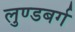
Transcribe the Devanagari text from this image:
लुण्डबर्ग